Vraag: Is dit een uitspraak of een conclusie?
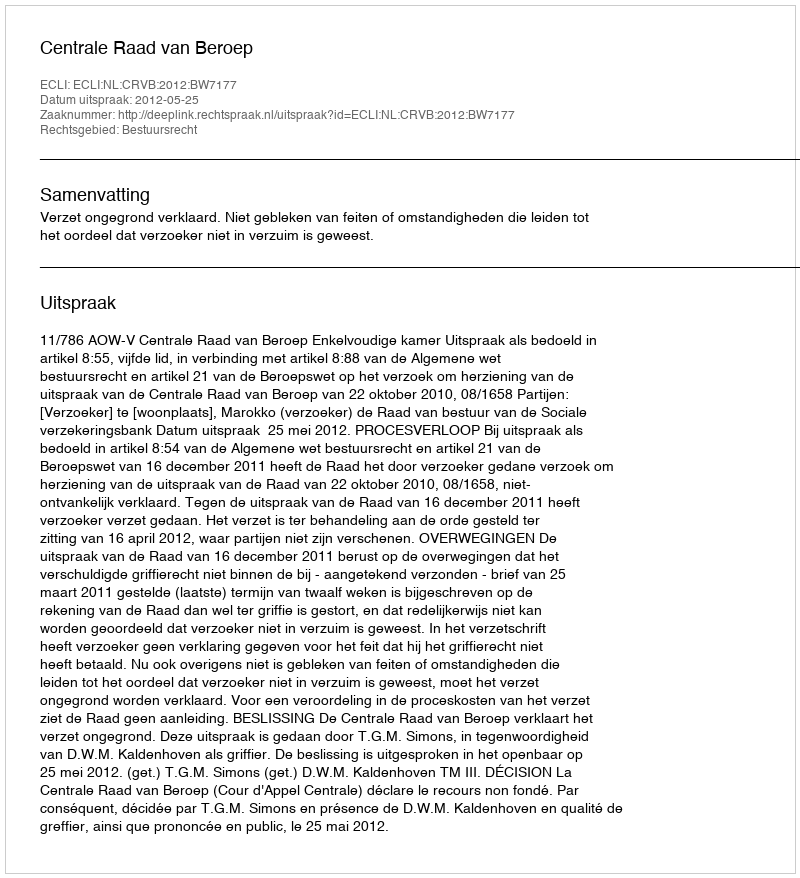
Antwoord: Uitspraak